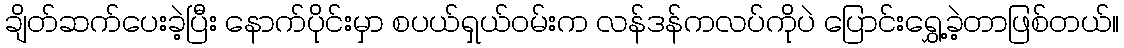
ချိတ်ဆက်ပေးခဲ့ပြီး နောက်ပိုင်းမှာ စပယ်ရှယ်ဝမ်းက လန်ဒန်ကလပ်ကိုပဲ ပြောင်းရွှေ့ခဲ့တာဖြစ်တယ်။